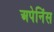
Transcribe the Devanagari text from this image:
अपेनिंस